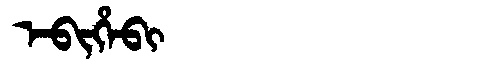
Manchu: ᡝᠪᡳᡥᡝᠪᡳ
Romanization: EBIHEBI